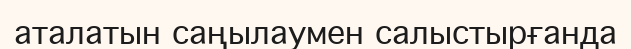
аталатын саңылаумен салыстырғанда